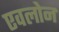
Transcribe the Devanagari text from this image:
एवलोन